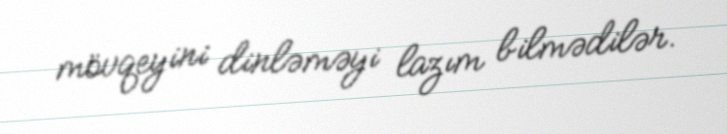
mövqeyini dinləməyi lazım bilmədilər.